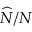
\widehat { N } / N